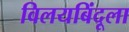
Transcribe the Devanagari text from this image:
विलयबिंदूला